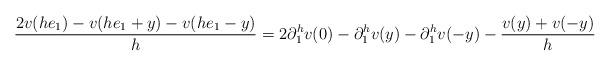
LaTeX: \begin{align*}\frac{2v(h e_1)-v(he_1+y)-v(he_1-y)}h&= 2\partial^h_1v(0)-\partial^h_1v(y)-\partial^h_1v(-y) - \frac{v(y)+v(-y)}h\end{align*}